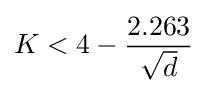
K<4-{\frac {2.263}{\sqrt {d}}}